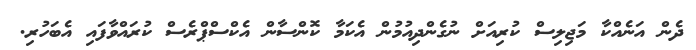
ދެން އަނެއްކާ މަޖިލިސް ކުރިއަށް ނުގެންދިއުމުން އެކަމާ ކޮންސާން އެކްސްޕްރެސް ކުރައްވާފައި އެބަހުރި.